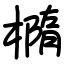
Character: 橢